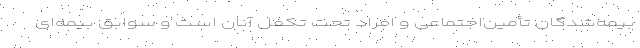
بیمه‌شدگان تأمین‌اجتماعی و افراد تحت تکفل آنان است و سوابق بیمه‌ای